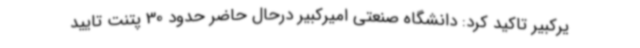
یرکبیر تاکید کرد: دانشگاه صنعتی امیرکبیر درحال حاضر حدود 30 پتنت تایید